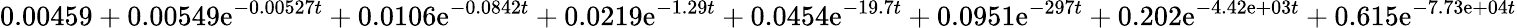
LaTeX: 0.00459+0.00549\mathrm{e}^{-0.00527t}+0.0106\mathrm{e}^{-0.0842t}+0.0219\mathrm{e}^{-1.29t}+0.0454\mathrm{e}^{-19.7t}+0.0951\mathrm{e}^{-297t}+0.202\mathrm{e}^{-4.42\mathrm{e}+03t}+0.615\mathrm{e}^{-7.73\mathrm{e}+04t}